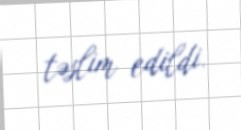
təslim edildi.